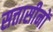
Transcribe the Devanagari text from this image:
सत्तासीनों